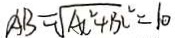
A B = \sqrt { A C ^ { 2 } + B C ^ { 2 } } = 1 0